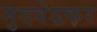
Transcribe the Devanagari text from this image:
मुदवेडकर